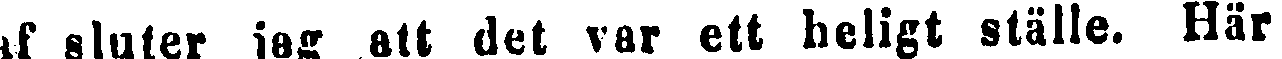
af sluter jag att det var ett heligt ställe. Här